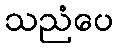
သညံပေ